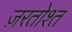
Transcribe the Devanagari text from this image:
ज़रतोश्त